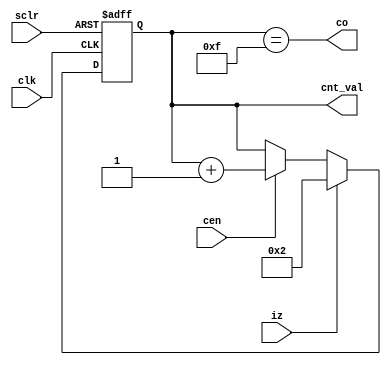
module Counter4Bit(clk, sclr, cen, iz, co, cnt_val);
    input clk, sclr, cen, iz;
    output co;
    output [3:0] cnt_val;
    reg [3:0] cnt_val;

    always @(posedge clk, posedge sclr) begin
        if (sclr)
            cnt_val <= 4'b0000;
        else begin
            if (iz)
                cnt_val <= 4'b0010; // initializing to 16 - 14 = 2
            else if (cen)
                cnt_val <= cnt_val + 1;
        end
    end

    assign co = (cnt_val == 4'b1111);
endmodule